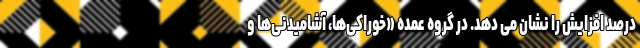
درصد افزایش را نشان می دهد. در گروه عمده «خوراکی‌ها، آشامیدنی‌ها و